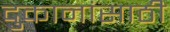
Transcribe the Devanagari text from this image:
दुकानांसाठी